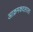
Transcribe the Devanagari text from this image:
आक्रमकदलाला